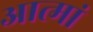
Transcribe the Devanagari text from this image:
आत्मां